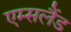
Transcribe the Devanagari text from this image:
एम्सलैंड